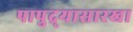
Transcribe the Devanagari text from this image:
पापुद्र्यासारखा